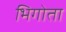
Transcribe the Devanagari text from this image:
भिगोता